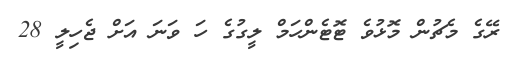
ރޭގެ މެޗުން މޮޅުވެ ޓޮޓެންހަމް ލީގުގެ ހަ ވަނަ އަށް ޖެހިލީ 28